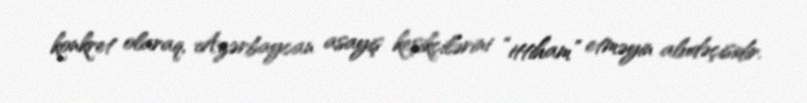
konkret olaraq, Azərbaycan asayiş keşikçilərini “ittiham” etməyin aludəçisidir.